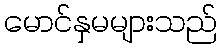
မောင်နှမများသည်